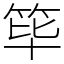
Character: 筚